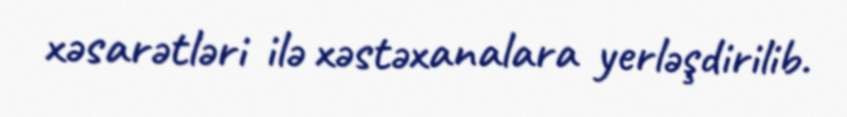
xəsarətləri ilə xəstəxanalara yerləşdirilib.